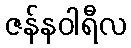
ဇန်နဝါရီလ